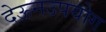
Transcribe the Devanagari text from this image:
देऊनउपयोग